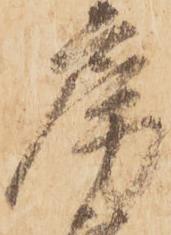
房